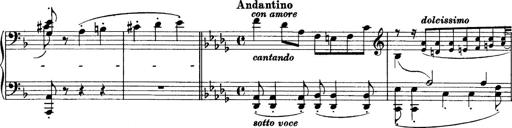
Title: Sonatina No.6
Composer: Ferruccio Busoni